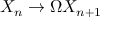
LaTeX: X _ { n } \to \Omega X _ { n + 1 }